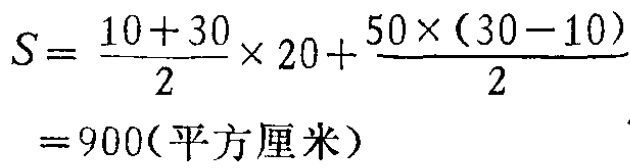
\[

\begin{align*}

S&=\frac{10 + 30}{2}\times20+\frac{50\times(30 - 10)}{2}\\

&=900(\text{平方厘米})

\end{align*}

\]